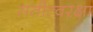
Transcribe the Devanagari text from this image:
सतीत्वरक्षा